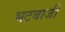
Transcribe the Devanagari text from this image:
भटबाजी